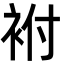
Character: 袝